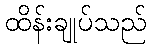
ထိန်းချုပ်သည်